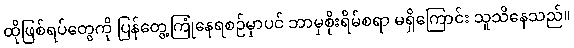
ထိုဖြစ်ရပ်တွေကို ပြန်တွေ့ကြုံနေရစဉ်မှာပင် ဘာမှစိုးရိမ်စရာ မရှိကြောင်း သူသိနေသည်။